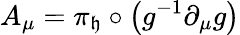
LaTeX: A_{\mu}=\pi_{\mathfrak{h}}\circ\left(g^{-1}\partial_{\mu}g\right)